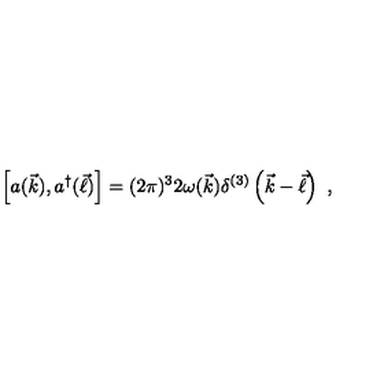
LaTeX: \left[ a ( \vec { k } ) , a ^ { \dagger } ( \vec { \ell } ) \right] = ( 2 \pi ) ^ { 3 } 2 \omega ( \vec { k } ) \delta ^ { ( 3 ) } \left( \vec { k } - \vec { \ell } \right) \ ,